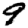
Digit: 9